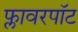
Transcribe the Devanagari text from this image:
फ्लावरपॉट